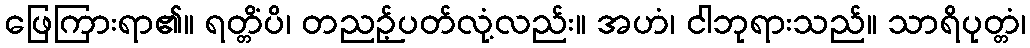
ဖြေကြားရာ၏။ ရတ္တိံပိ၊ တညဉ့်ပတ်လုံ့လည်း။ အဟံ၊ ငါဘုရားသည်။ သာရိပုတ္တံ၊